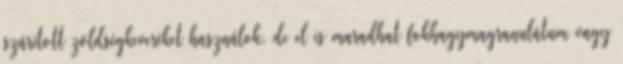
szárított zöldségkeveréket használok, de el is maradhat fokhagymagranulátum vagy